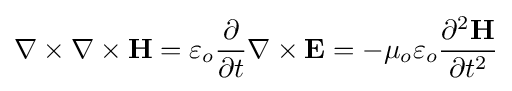
\nabla \times \nabla \times \mathbf {H} =\varepsilon _{o}{\frac {\partial }{\partial t}}\nabla \times \mathbf {E} =-\mu _{o}\varepsilon _{o}{\frac {\partial ^{2}\mathbf {H} }{\partial t^{2}}}